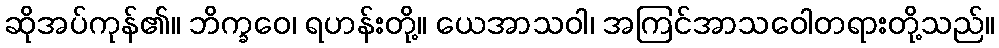
ဆိုအပ်ကုန်၏။ ဘိက္ခဝေ၊ ရဟန်းတို့။ ယေအာသဝါ၊ အကြင်အာသဝေါတရားတို့သည်။